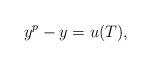
LaTeX: \begin{align*}y^p-y=u(T),\end{align*}